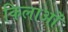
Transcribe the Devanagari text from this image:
किलाओं